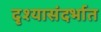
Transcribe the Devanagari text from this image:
दृश्यासंदर्भात